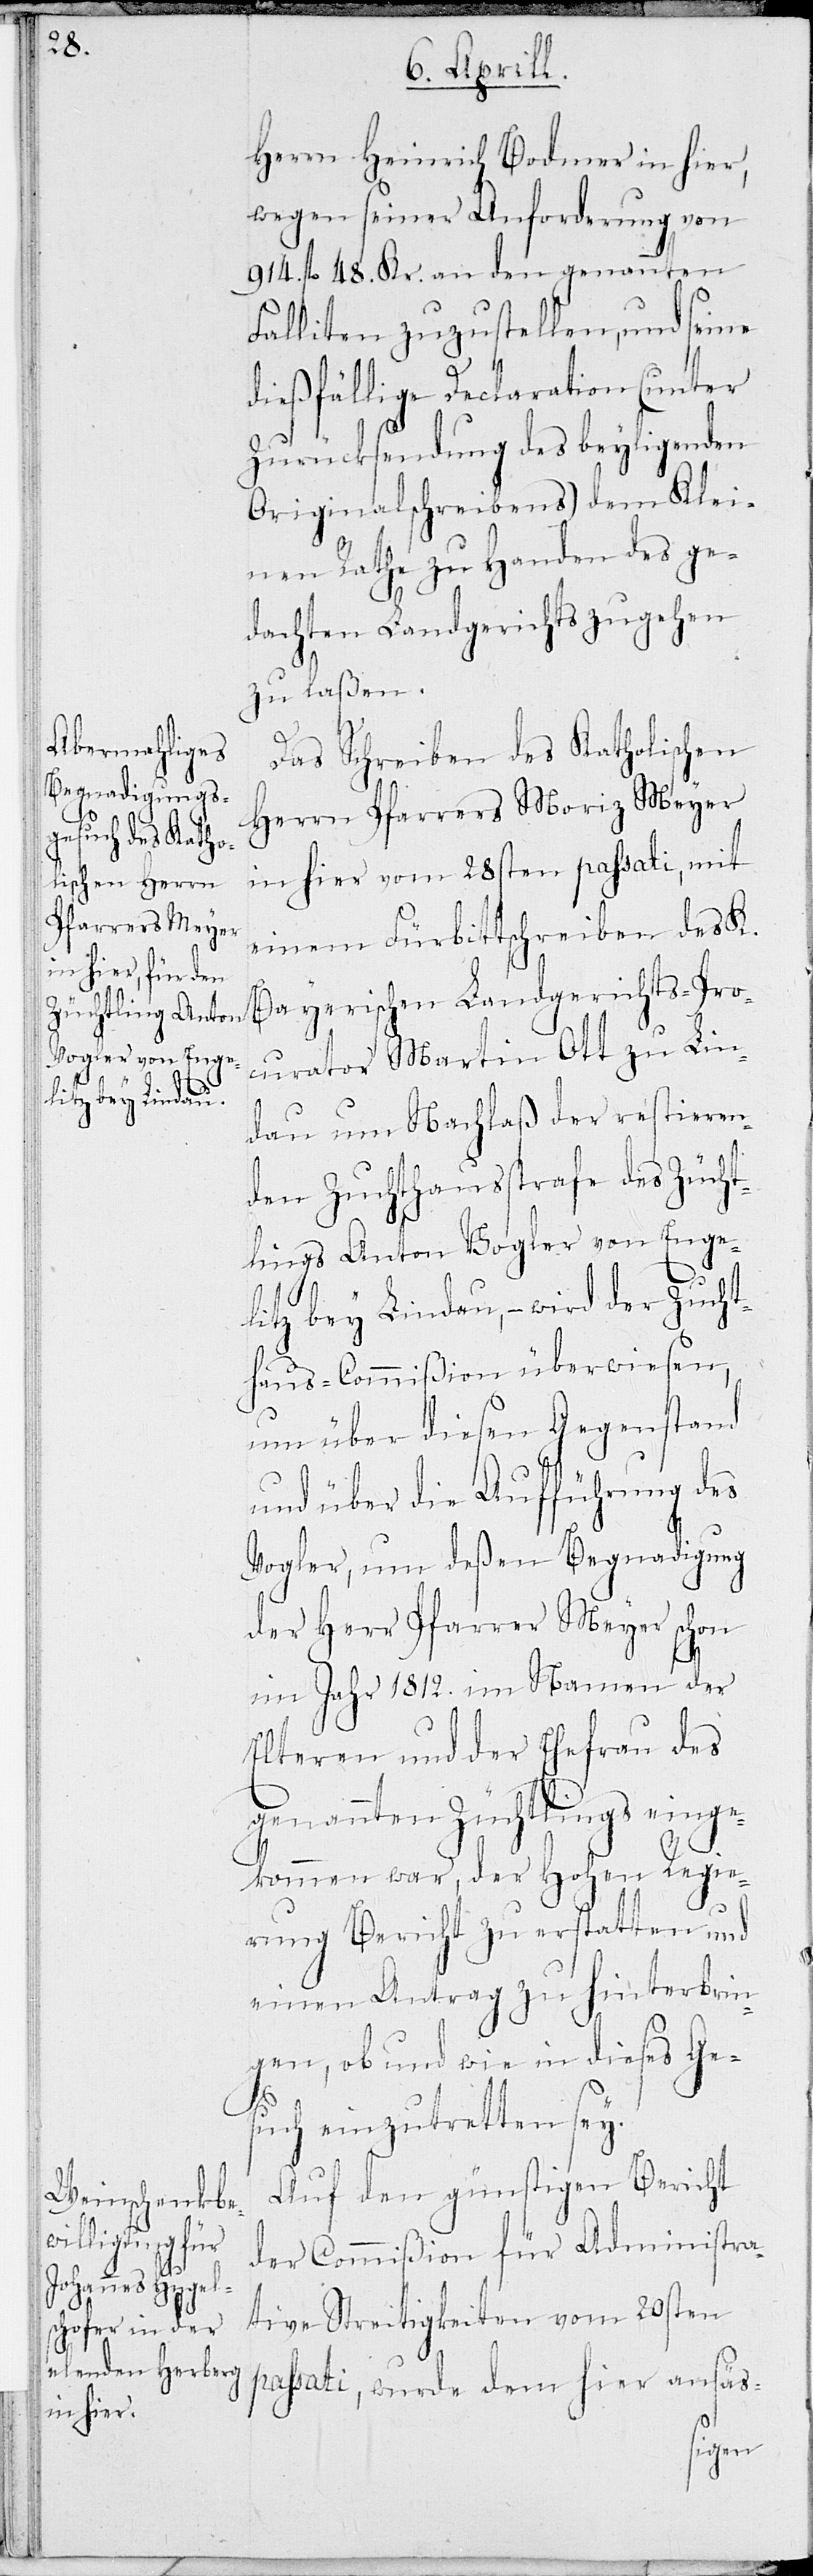
Herrn Heinrich Bodmer in hier,
wegen seiner Aufforderung von
914. fl 48. Kr. an den genannten
Falliten zuzustellen, und seine
dießfällige Declaration (unter
Zurücksendung des beyligenden
Originalschreibens) dem Klei¬
nen Rathe zu Handen des ge¬
dachten Landgerichts zugehen
zu laßen.
Das Schreiben des Katholischen
Herrn Pfarrers Moriz Meyer
in hier vom 28sten passati, mit
einem Fürbittschreiben des K.
Bayerischen Landgerichts-Pro¬
curator Martin Ott zu Lin¬
dau um Nachlaß der restieren¬
den Zuchthausstrafe des Zücht¬
lings Anton Vogler von Enge¬
litz bey Lindau, – wird der Zucht¬
haus-Commißion überwiesen,
um über diesen Gegenstand
und über die Aufführung des
Vogler, um deßen Begnadigung
der Herr Pfarrer Meyer schon
im Jahr 1812. im Namen der
Elteren und der Ehefrau des
genannten Züchtlings einge¬
kommen war, der Hohen Regie¬
rung Bericht zu erstatten und
einen Antrag zu hinterbrin¬
gen, ob und wie in dieses Ge¬
such einzutretten sey.
Auf den günstigen Bericht
der Commißion für Administra¬
tive Streitigkeiten vom 20sten
passati, wurde dem hier ansäs-